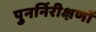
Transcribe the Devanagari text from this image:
पुनर्निरीक्षणों